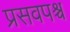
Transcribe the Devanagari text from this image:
प्रसवपश्च